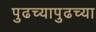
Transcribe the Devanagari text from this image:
पुढच्यापुढच्या